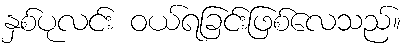
နှစ်ပုလင်း ဝယ်ရခြင်းဖြစ်လေသည်။